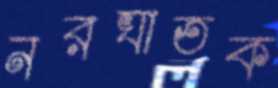
নরঘাতক